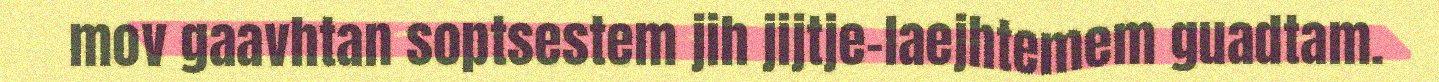
mov gaavhtan soptsestem jih jijtje-laejhtemem guadtam.